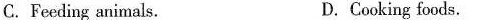
C.Feeding animals. D.Cooking foods.